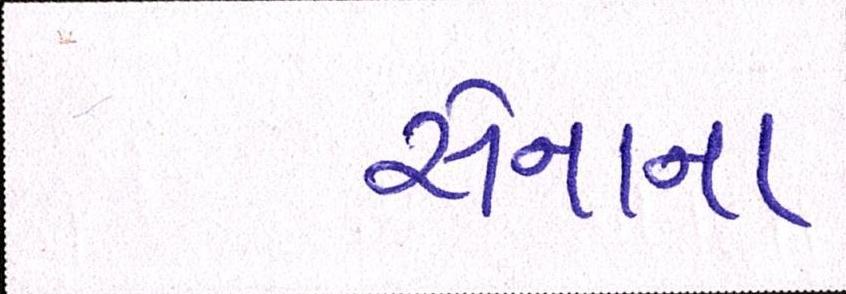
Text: સેનાના